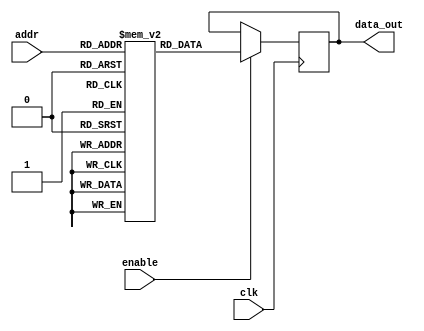
module parameterized_rom #(
    parameter DATA_WIDTH = 8,  // Width of each memory word
    parameter ADDR_WIDTH = 4   // Address width (number of address lines)
)(
    input wire clk,             // Clock signal
    input wire [ADDR_WIDTH-1:0] addr, // Address input
    input wire enable,          // Enable signal
    output reg [DATA_WIDTH-1:0] data_out // Data output
);

    // Internal memory storage
    reg [DATA_WIDTH-1:0] memory [0:(1 << ADDR_WIDTH)-1]; // ROM array

    // Initialize the memory with predefined values
    initial begin
        // Example initialization; modify as needed
        memory[0] = 8'h00;
        memory[1] = 8'h01;
        memory[2] = 8'h02;
        memory[3] = 8'h03;
        memory[4] = 8'h04;
        memory[5] = 8'h05;
        memory[6] = 8'h06;
        memory[7] = 8'h07;
        memory[8] = 8'h08;
        memory[9] = 8'h09;
        memory[10] = 8'h0A;
        memory[11] = 8'h0B;
        memory[12] = 8'h0C;
        memory[13] = 8'h0D;
        memory[14] = 8'h0E;
        memory[15] = 8'h0F;
        // Add more initial values as needed
    end

    // Behavioral logic for reading from the ROM
    always @(posedge clk) begin
        if (enable) begin
            data_out <= memory[addr]; // Read data from the specified address
        end
        // If enable is low, data_out retains its previous value
    end

endmodule